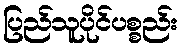
ပြည်သူပိုင်ပစ္စည်း